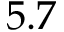
5 . 7